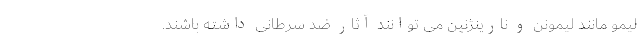
لیمو مانند لیمونن و نارینژنین می توانند آثار ضد سرطانی داشته باشند.